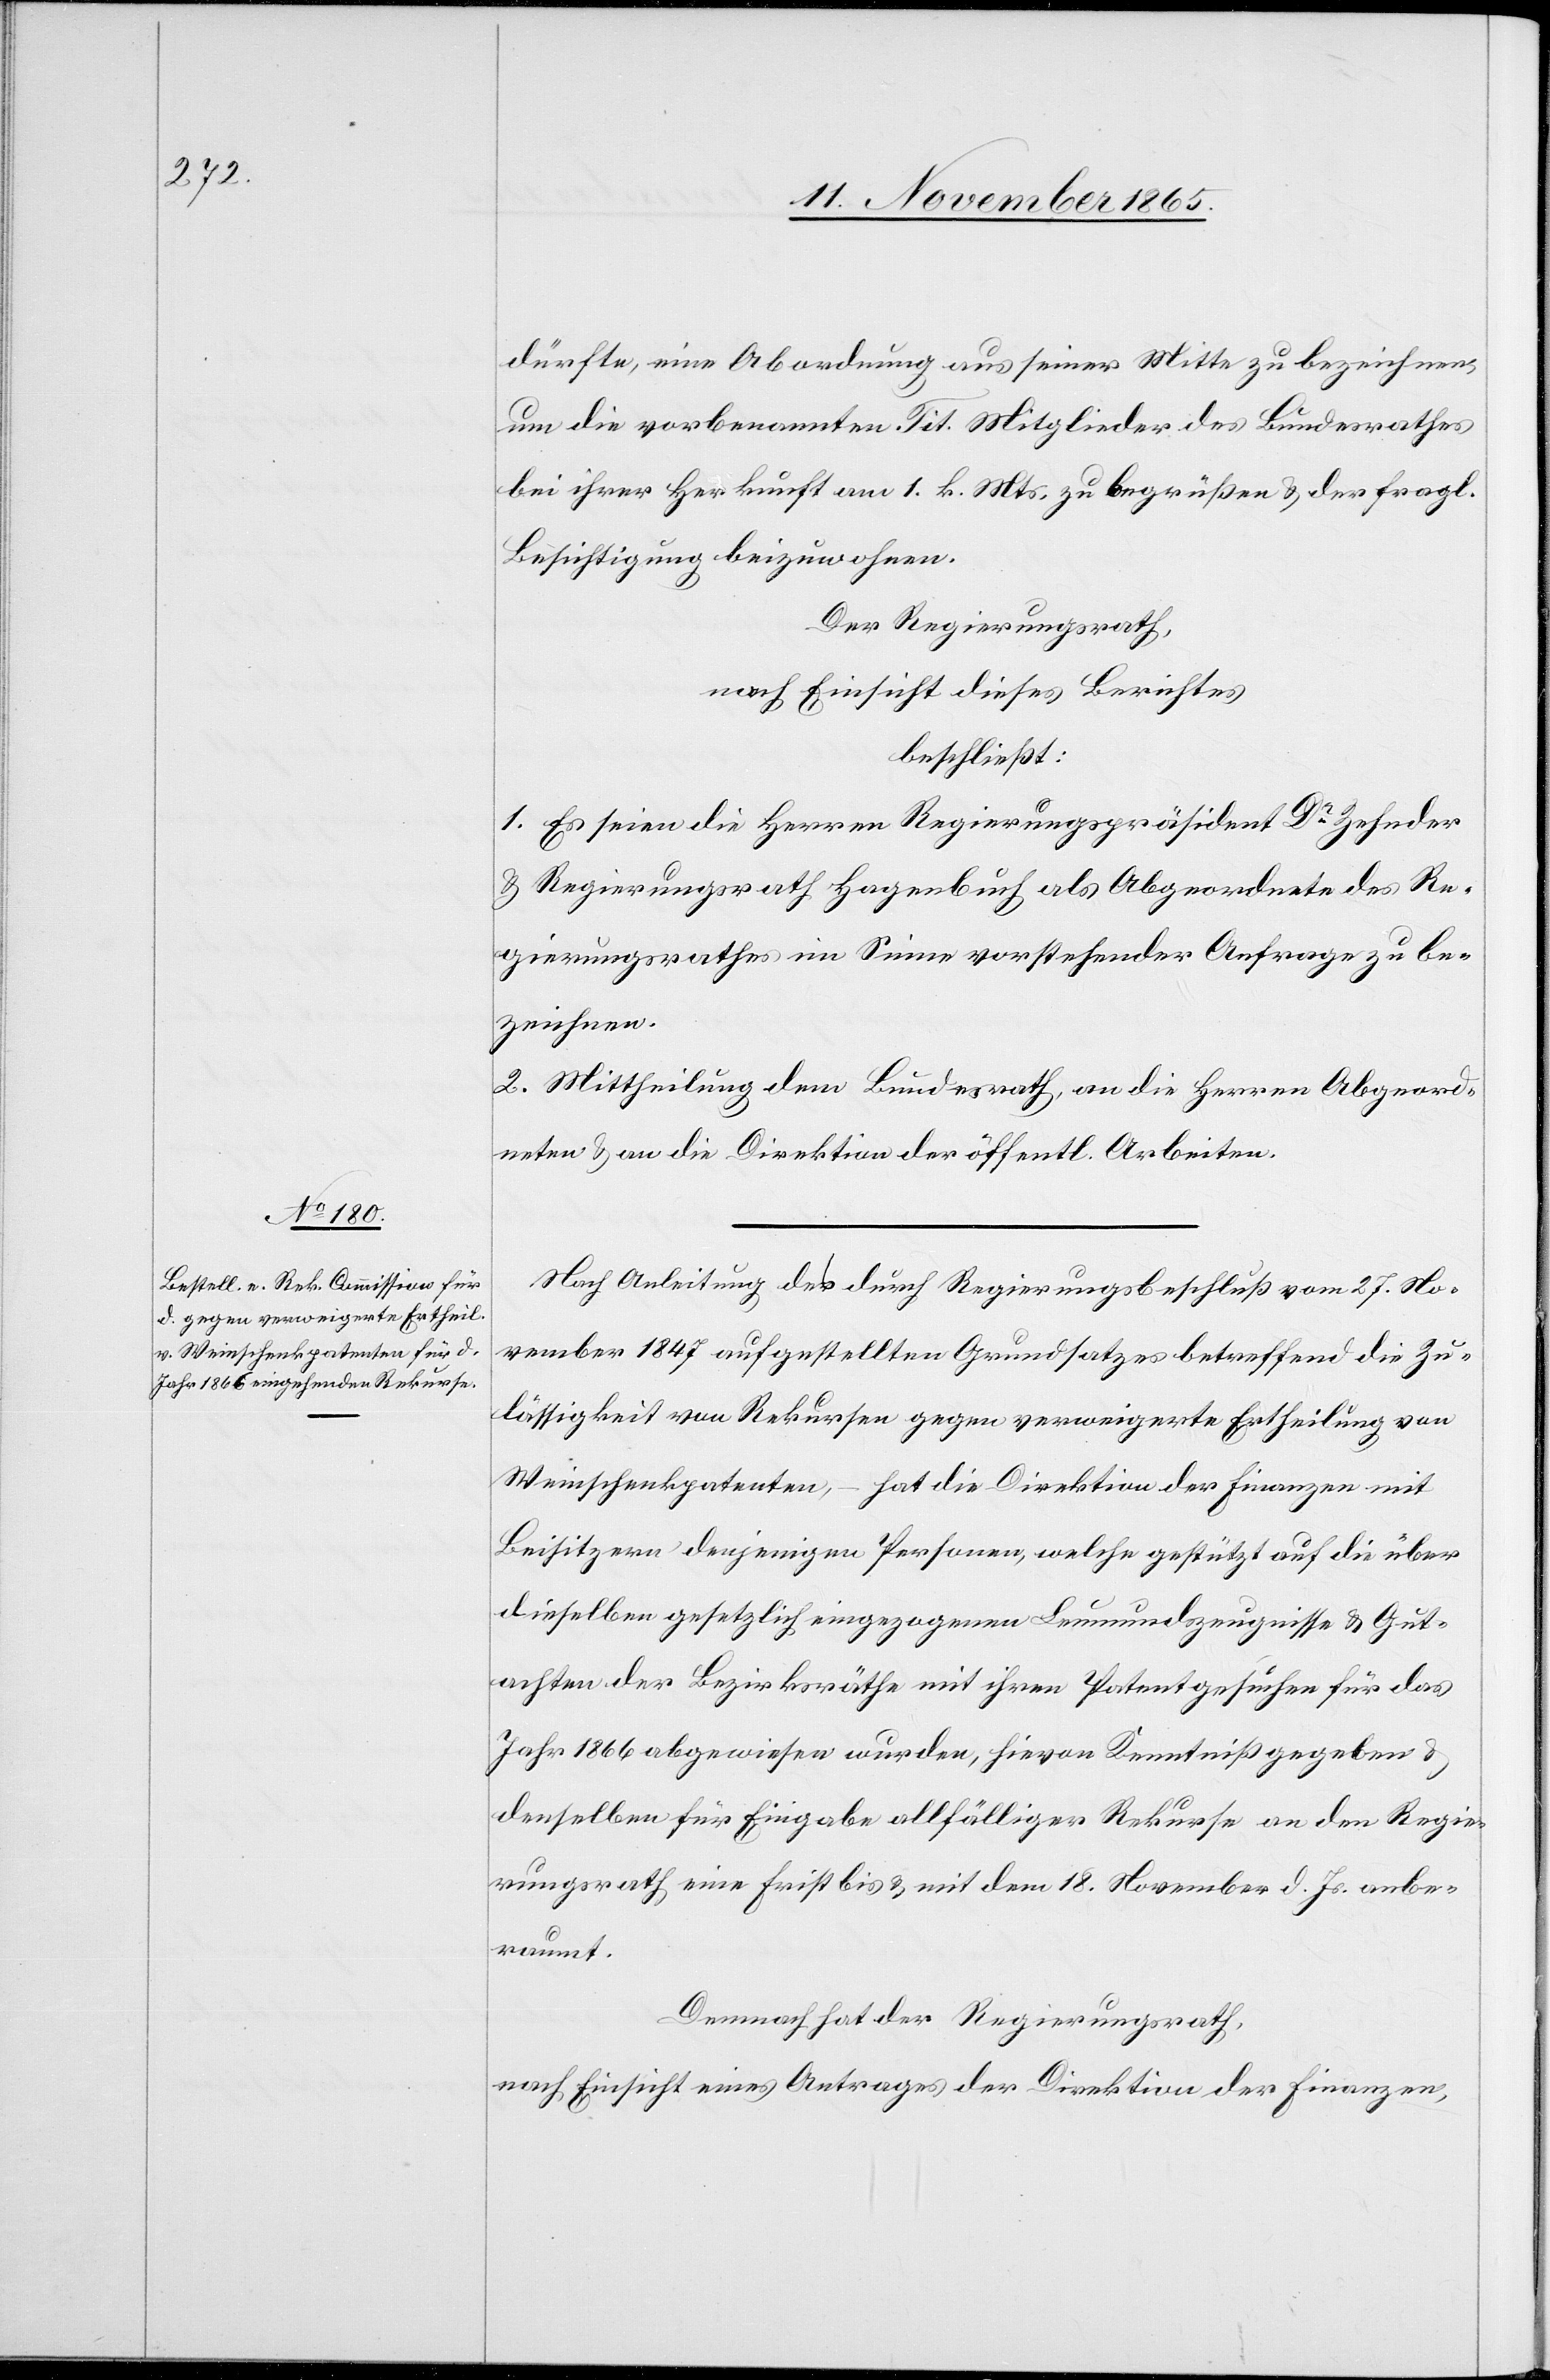
dürfte, eine Abordnung aus seiner Mitte zu bezeichnen,
um die vorbenannten Tit. Mitglieder des Bundesrathes
bei ihrer Herkunft am 1. k. Mts. zu begrüßen & der fragl.
Besichtigung beizuwohnen.
Der Regierungsrath,
nach Einsicht dieses Berichtes
beschließt:
1. Es seien die Herren Regierungspräsident Dr Zehnder
& Regierungsrath Hagenbuch als Abgeordnete des Re¬
gierungsrathes im Sinne vorstehender Anfrage zu be¬
zeichnen.
2. Mittheilung dem Bundesrath, an die Herren Abgeord¬
neten & an die Direktion der öffentl. Arbeiten.
Nach Anleitung des durch Regierungsbeschluß vom 27. No¬
vember 1847 aufgestellten Grundsatzes betreffend die Zu¬
lässigkeit von Rekursen gegen verweigerte Ertheilung von
Weinschenkpatenten, – hat die Direktion der Finanzen mit
Beisitzern denjenigen Personen, welche gestützt auf die über
dieselben gesetzlich eingezogenen Leumundszeugnisse & Gut¬
achten der Bezirksräthe mit ihren Patentgesuchen für das
Jahr 1866 abgewiesen wurden, hievon Kenntniß gegeben &
denselben für Eingabe allfälliger Rekurse an den Regie¬
rungsrath eine Frist bis & mit dem 18. November d. Js. anbe¬
raumt.
Demnach hat der Regierungsrath,
nach Einsicht eines Antrages der Direktion der Finanzen,